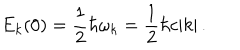
E _ { k } ( 0 ) = \frac { 1 } { 2 } \hbar \omega _ { k } = \frac { 1 } { 2 } \hbar c | k | \, .